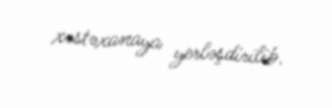
xəstəxanaya yerləşdirilib.